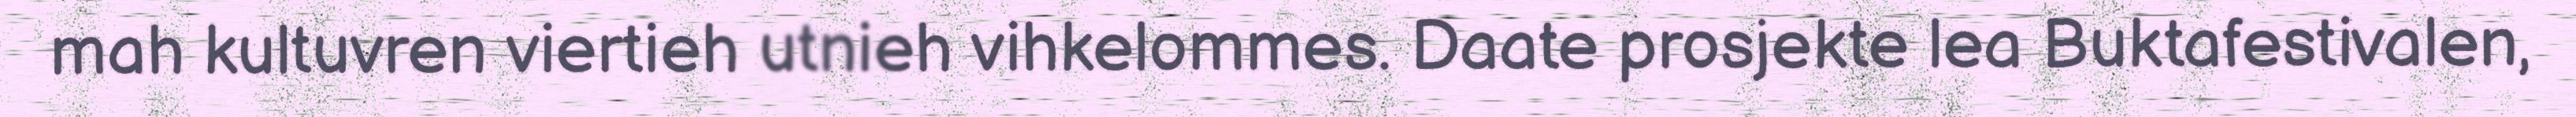
mah kultuvren viertieh utnieh vihkelommes. Daate prosjekte lea Buktafestivalen,